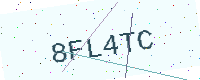
Text: 8FL4TC